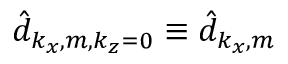
\hat { d } _ { k _ { x } , m , k _ { z } = 0 } \equiv \hat { d } _ { k _ { x } , m }